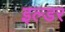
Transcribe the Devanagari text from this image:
इल्डर